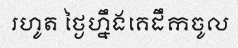
រហូត ថ្ងៃហ្នឹងគេដឹកចូល